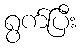
ရွက်ပြီး